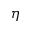
\boldsymbol { \eta }